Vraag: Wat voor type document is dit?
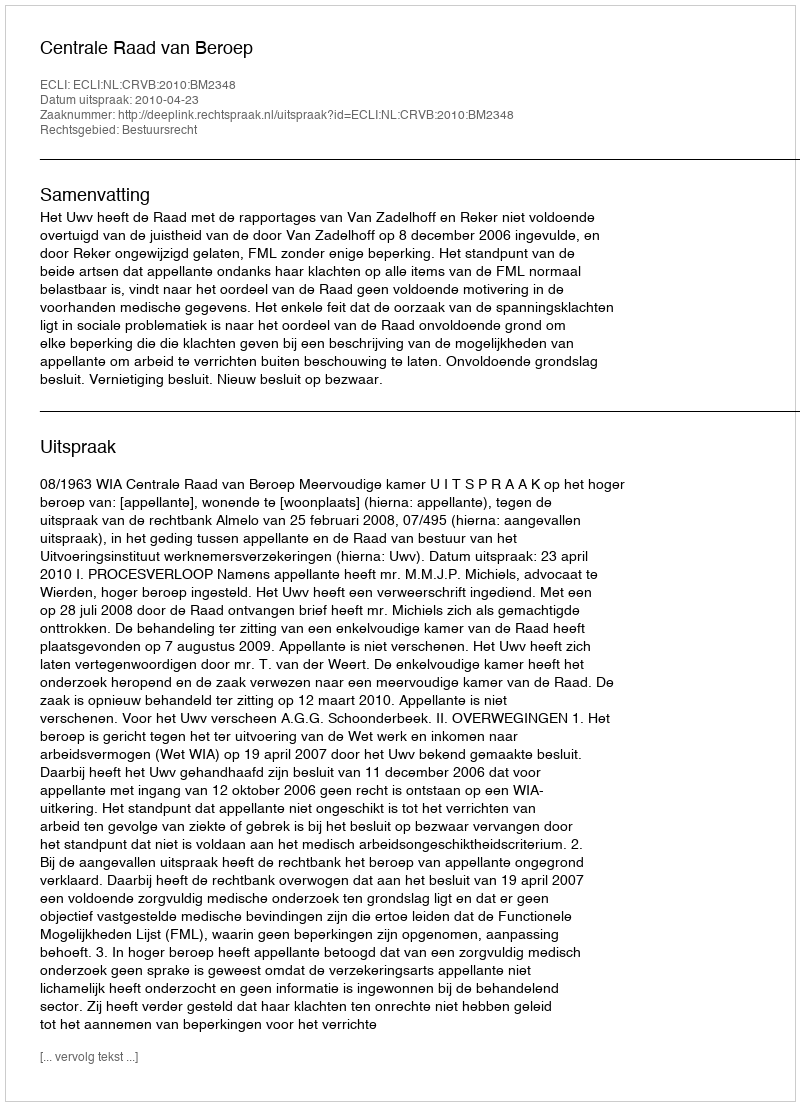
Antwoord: Uitspraak